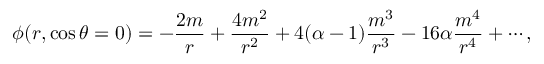
\phi ( r , \cos \theta = 0 ) = - \frac { 2 m } { r } + \frac { 4 m ^ { 2 } } { r ^ { 2 } } + 4 ( \alpha - 1 ) \frac { m ^ { 3 } } { r ^ { 3 } } - 1 6 \alpha \frac { m ^ { 4 } } { r ^ { 4 } } + \cdots ,